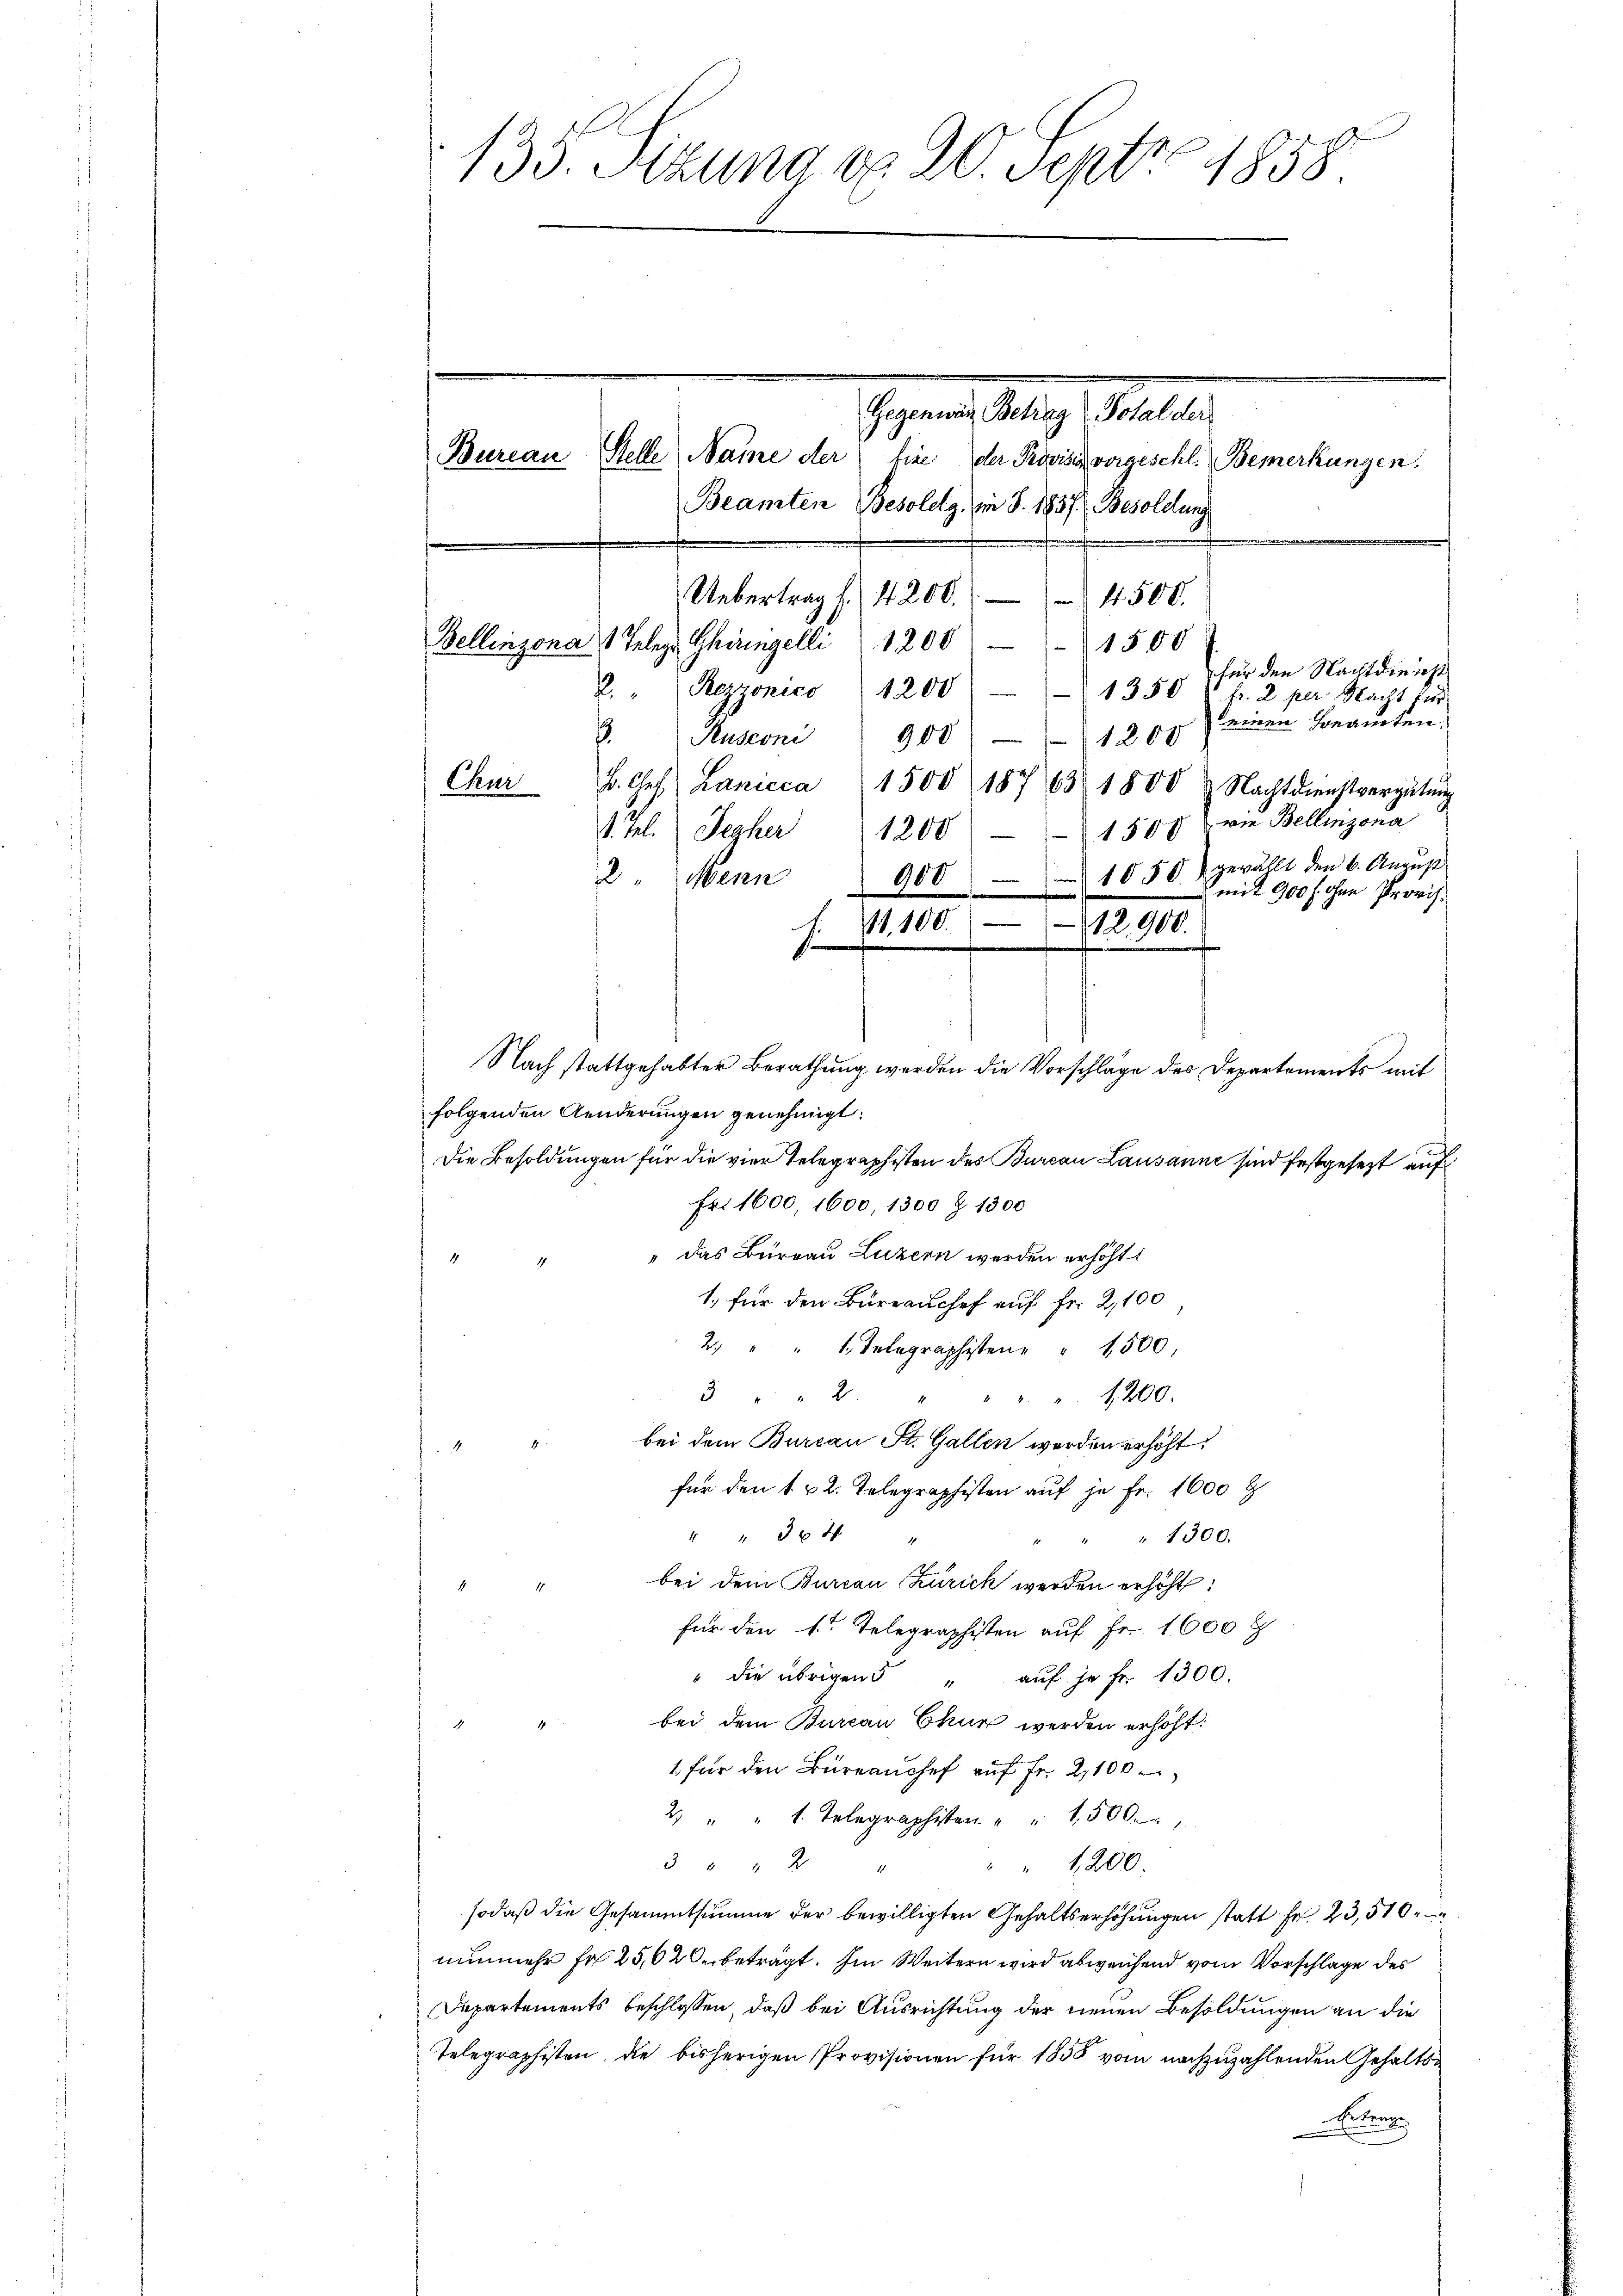
Uebertrag f. 4200. 4500.
Bellinzona 1 Telege Thüringelli 1200
1500
für den Nachtdieicht
2. Rezzonico 1200 - 1350 " fr. 2 per Nacht für
keinen Honanten.
Rusconi 900 " 1200
Chur u. Ges. Lanicca 1500 18763 1800 & Nachtdienstvergütun
1557 wie Bellinzona
1. Jul. Jezher
1200
900 - 10 50) gewählt den 6. Aŭgŭst
2. Mann
.
mit 900 f ohne Provis.
e
Nach stattgehabter Berathung werden die Vorschläge des Departements mit
folgenden Aenderungen genehmigt:
Die Besoldungen für die vier Telegraphisten des Bureau Lausanne sind festgesezt auf
Fr. 1600, 1600, 1300 Z. 1300
"das Bureau Luzern werden erhöht.
1. für den Bureau chef auf Fr. 2,100
2 " " 1. Telegraphisten " " 1500,
3 " " 2 "
" " " 1200.
bei dem Burcan St. Gallen werden erhöht.
für den 1 u 2. Telegraphisten auf je Fr. 1600 f
" 304
" " 1300.
bei dem Burcan Zürich werden erhöht:
für den 1ten Telegraphisten auf Fr. 1600 f
" die übrigen 5 " aŭf je Fr. 1300.
bei dem Burcan Chur werden erhöht:
1 für den Büreaŭchef auf Fr. 2,100
2 " " 1. Telegraphisten " " 1500.
5 " " 2
" " 1200.
sodaß die Gesammtsumme der bewilligten Gehaltserhöhungen statt Fr. 23,510
nunmehr fr 25, 620 beträgt. Im Weitern wird abweichend vom Vorschlage des
Departements beschlossen, daß bei Ausrichtung der neuen Besoldungen an die
Telegraphisten, die bisherigen Provisionen für 1858 vom nachzuzahlenden Gehalts¬
Erbenge

135. Sitzung d. 20. Septbr. 1858

1100.
s

yger Klage erhalt
Bureau Stelle Name der fie der Provisir vorgeschl. Bemerkungen.

Beamten Besoleg, im J. 1857. Besoldung

12,900.